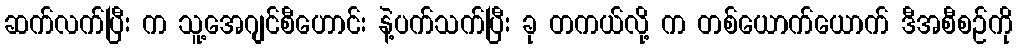
ဆက်လက်ပြီး က သူ့အေဂျင်စီဟောင်း နဲ့ပက်သက်ပြီး ခု တကယ်လို့ က တစ်ယောက်ယောက် ဒီအစီစဉ်ကို